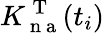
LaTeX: K_{\mathrm{~n~a~}}^{\mathrm{~T~}}(t_{i})